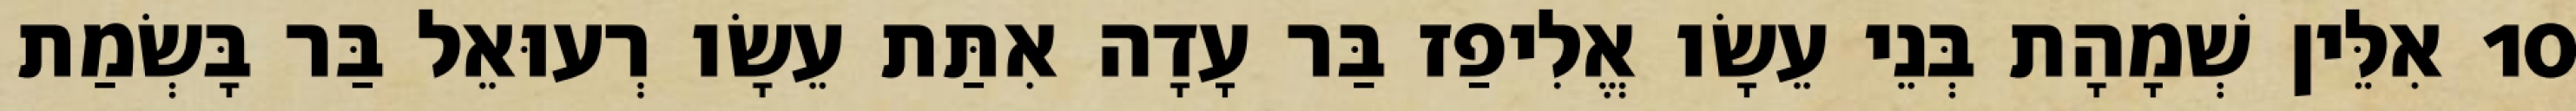
10 אִלֵּין שְׁמָהָת בְּנֵי עֵשָׂו אֱלִיפַז בַּר עָדָה אִתַּת עֵשָׂו רְעוּאֵל בַּר בָּשְׂמַת